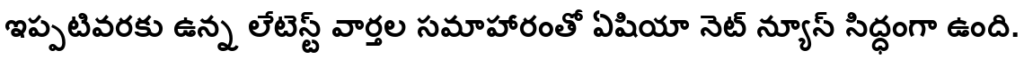
ఇప్పటివరకు ఉన్న లేటెస్ట్ వార్తల సమాహారంతో ఏషియా నెట్ న్యూస్ సిద్ధంగా ఉంది.